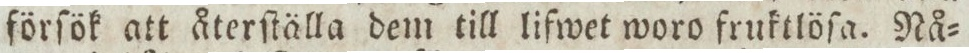
förſök att återſtälla dem till lifwet woro fruktlöſa. Nå=